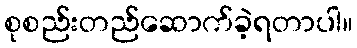
စုစည်းတည်ဆောက်ခဲ့ရတာပါ။